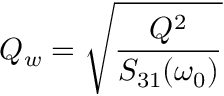
Q _ { w } = \sqrt { \frac { Q ^ { 2 } } { S _ { 3 1 } ( \omega _ { 0 } ) } }